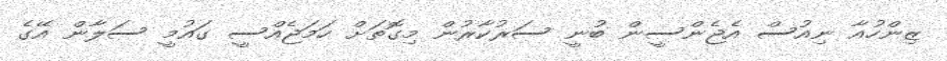
ޒިންހުއާ ނިއުސް އެޖެންސީން ބުނީ ސަރުކާރުން މިގޮތަށް ހަމަޖެއްސީ ގައުމީ ސަލާން އޭގެ